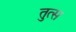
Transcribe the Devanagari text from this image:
तुत्स